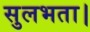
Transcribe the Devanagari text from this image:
सुलभता।